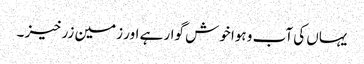
یہاں کی آب و ہوا خوش گوار ہے اور زمین زرخیز ۔